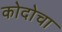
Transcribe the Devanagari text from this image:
कोदोचा